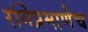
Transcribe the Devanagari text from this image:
रांगेप्रमाणेच